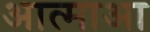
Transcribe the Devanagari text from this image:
आत्माआ